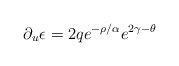
\begin{align*}\partial_u \epsilon =2q e^{-\rho / \alpha} e^{ 2\gamma - \theta}\end{align*}